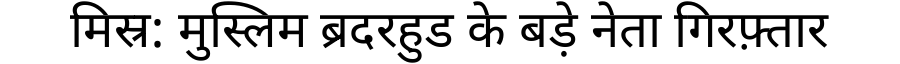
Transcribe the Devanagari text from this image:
मिस्र: मुस्लिम ब्रदरहुड के बड़े नेता गिरफ़्तार